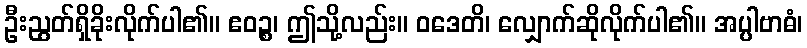
ဦးညွတ်ရှိခိုးလိုက်ပါ၏။ ဧဝဉ္စ၊ ဤသို့လည်း။ ဝဒေတိ၊ လျှောက်ဆိုလိုက်ပါ၏။ အပ္ပါဗာဓံ၊